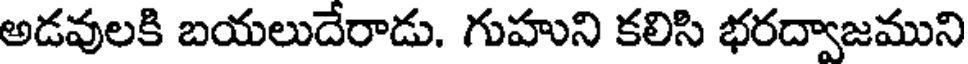
అడవులకి బయలుదేరాడు. గుహుని కలిసి భరద్వాజముని